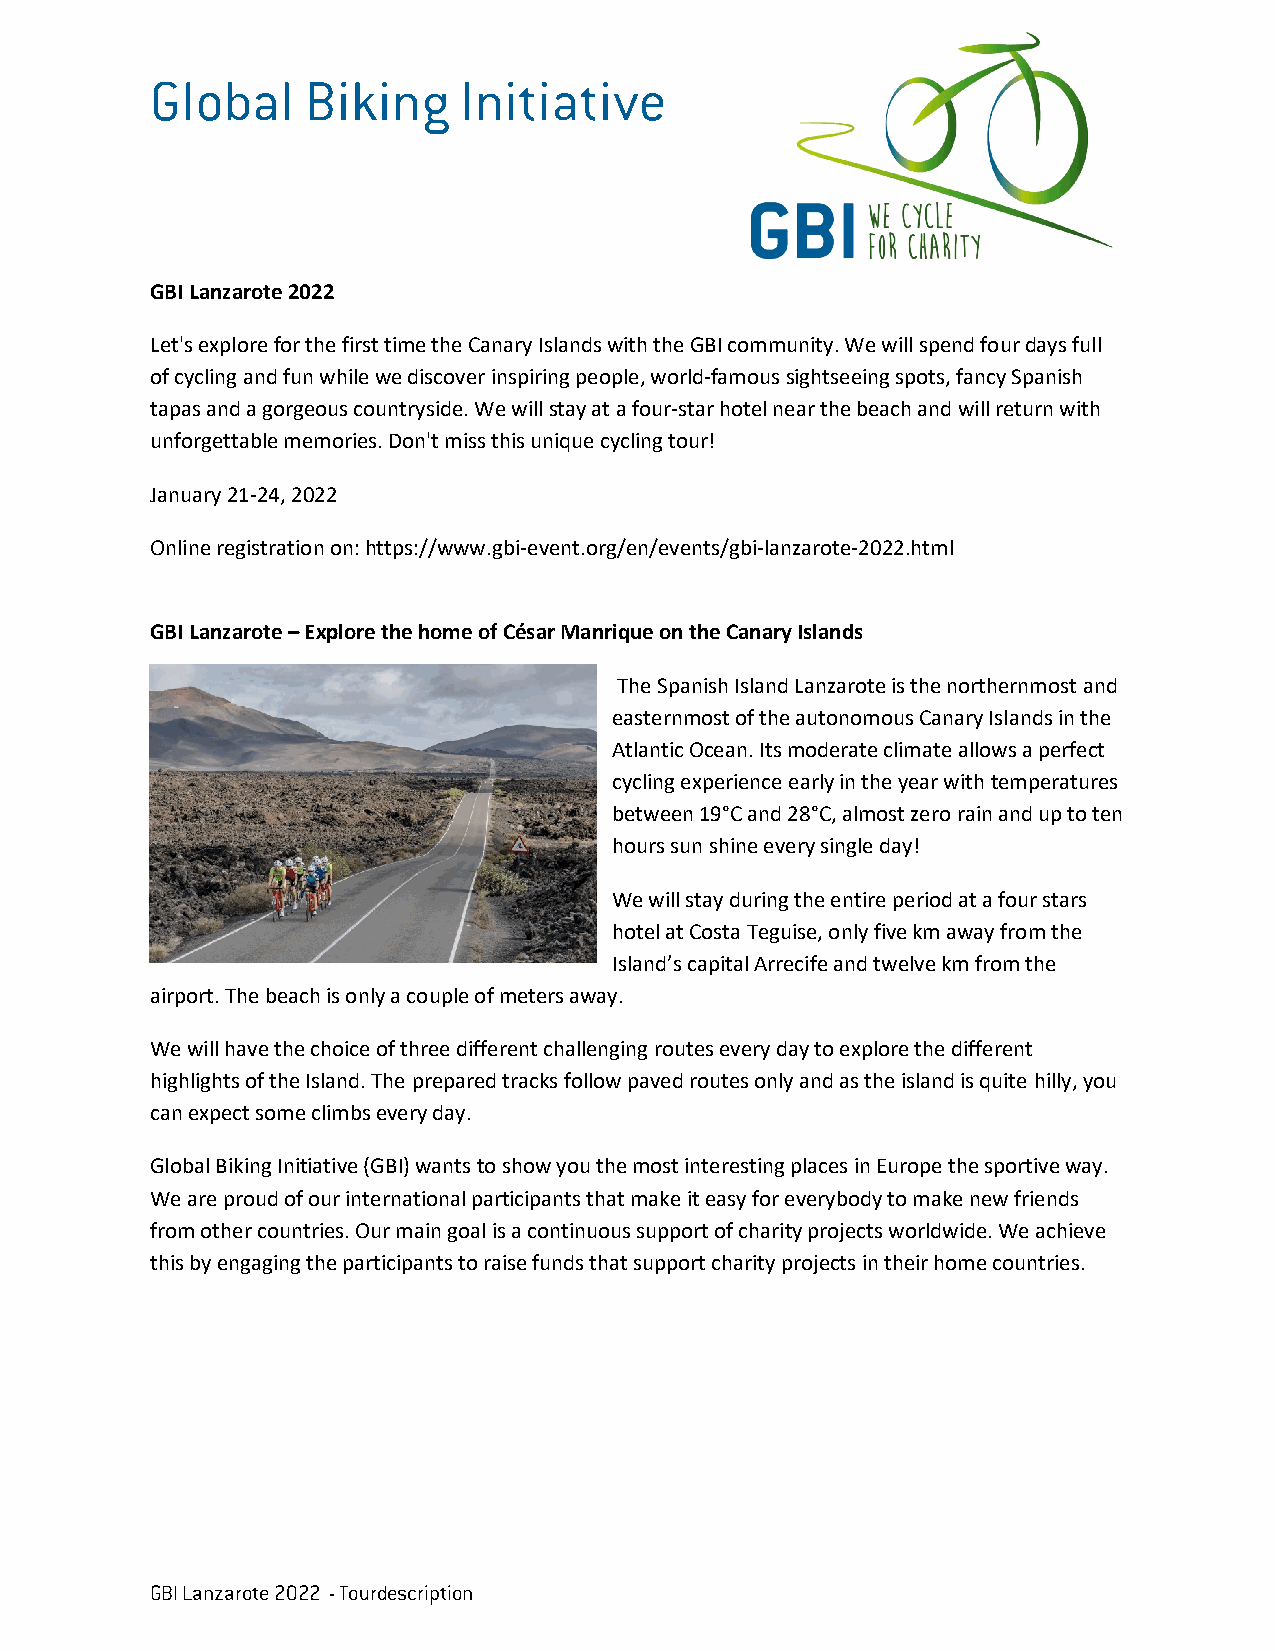
Global    Biking    Initiative
 GBI Lanzarote 2022
 Let's explore for the first time the Canary Islands with the GBI community. We will spend four days full
 of cycling and fun while we discover inspiring people, world-famous sightseeing spots, fancy Spanish
 tapas and a gorgeous countryside. We will stay at a four-star hotel near the beach and will return with
 unforgettable memories. Don't miss this unique cycling tour!
 January 21-24, 2022
 Online registration on: https://www.gbi-event.org/en/events/gbi-lanzarote-2022.html
 GBI Lanzarote – Explore the home of César Manrique on the Canary Islands
 The Spanish Island Lanzarote is the northernmost and
 easternmost of the autonomous Canary Islands in the
 Atlantic Ocean. Its moderate climate allows a perfect
 cycling experience early in the year with temperatures
 between 19°C and 28°C, almost zero rain and up to ten
 hours sun shine every single day!
 We will stay during the entire period at a four stars
 hotel at Costa Teguise, only five km away from the
 Island’s capital Arrecife and twelve km from the
 airport. The beach is only a couple of meters away.
 We will have the choice of three different challenging routes every day to explore the different
 highlights of the Island. The prepared tracks follow paved routes only and as the island is quite hilly, you
 can expect some climbs every day.
 Global Biking Initiative (GBI) wants to show you the most interesting places in Europe the sportive way.
 We are proud of our international participants that make it easy for everybody to make new friends
 from other countries. Our main goal is a continuous support of charity projects worldwide. We achieve
 this by engaging the participants to raise funds that support charity projects in their home countries.
 GBI Lanzarote 2022 - Tourdescription